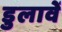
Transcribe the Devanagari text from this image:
डुलावें